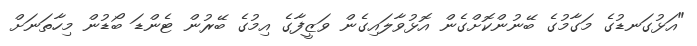
"އަޅުގަނޑުގެ މަގާމުގެ ބޭނުންކޮށްގެން އޮޅުވާލައިގެން ވަޒީފާގެ އިމުގެ ބޭރުން ޓެންޑަ ބޯޑުން މިހާތަނަށް